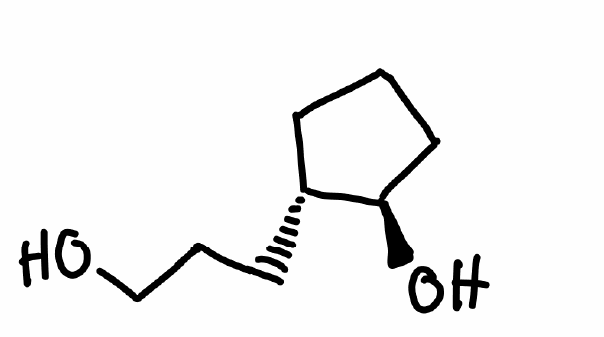
Simplified molecular-input line-entry system (SMILES) notation of the given molecule:
C1C[C@H]([C@@H](C1)O)CCCO